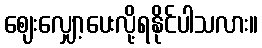
ဈေးလျှော့ပေးလို့ရနိုင်ပါသလား။